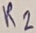
Text: R2